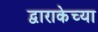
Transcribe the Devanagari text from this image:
द्वाराकेच्या